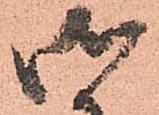
御